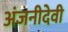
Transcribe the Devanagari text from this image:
अंजनीदेवी